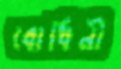
বোধিনী